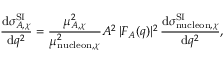
\frac { \mathrm { d } \sigma _ { A , \chi } ^ { \mathrm { S I } } } { \mathrm { d } q ^ { 2 } } = \frac { \mu _ { A , \chi } ^ { 2 } } { \mu _ { \mathrm { n u c l e o n } , \chi } ^ { 2 } } A ^ { 2 } \, | F _ { A } ( q ) | ^ { 2 } \, \frac { \mathrm { d } \sigma _ { \mathrm { n u c l e o n } , \chi } ^ { \mathrm { S I } } } { \mathrm { d } q ^ { 2 } } ,